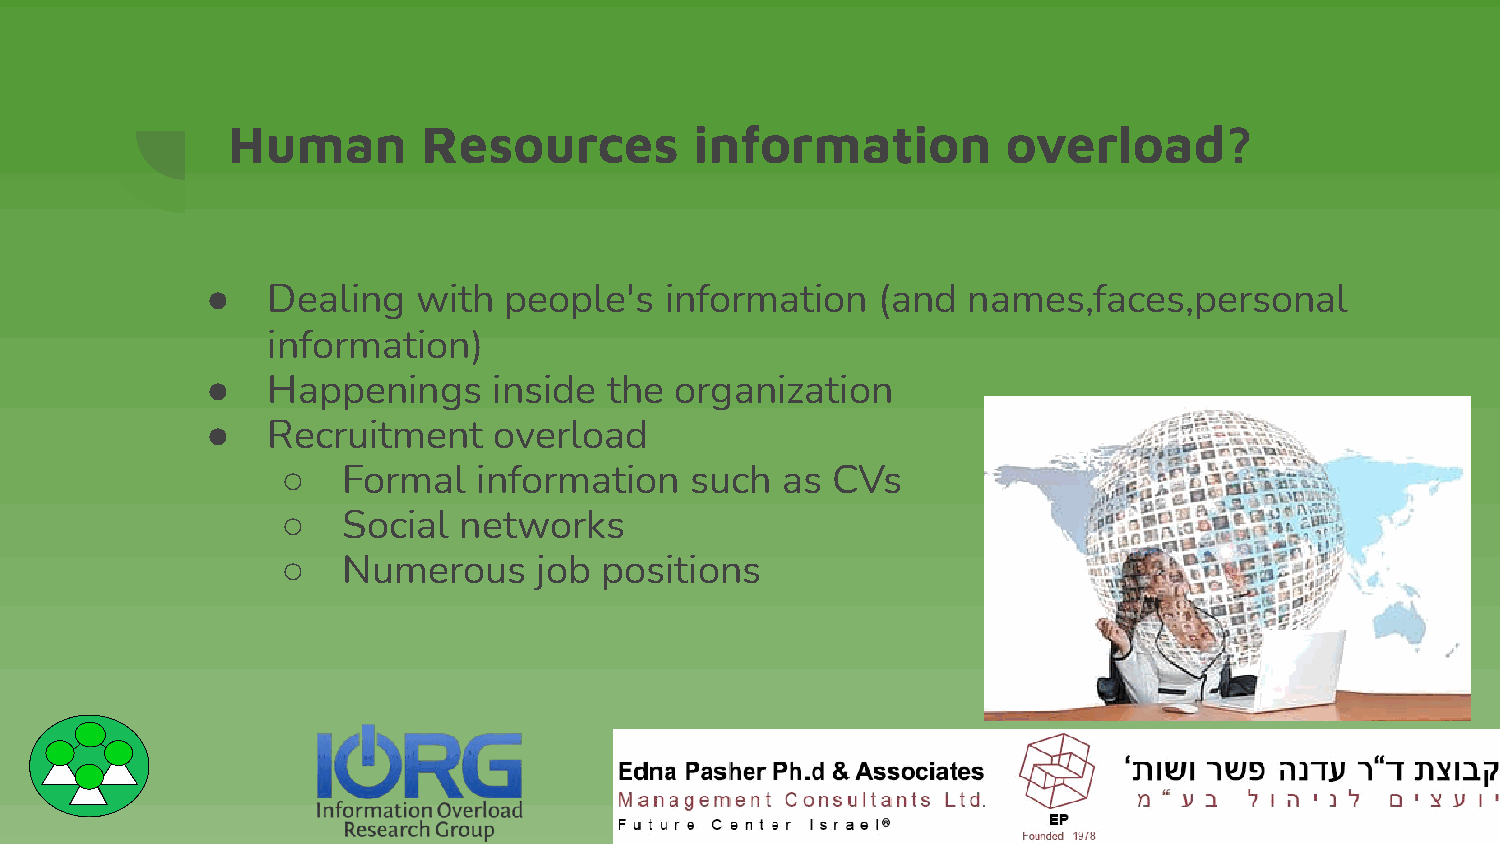
Human        Resources         information          overload?
 ●   Dealing   with people's   information   (and  names,faces,personal
 information)
 ●   Happenings     inside the  organization
 ●   Recruitment    overload
 ○   Formal   information   such  as CVs
 ○   Social networks
 ○   Numerous     job positions